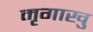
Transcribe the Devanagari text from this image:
मृगाखु